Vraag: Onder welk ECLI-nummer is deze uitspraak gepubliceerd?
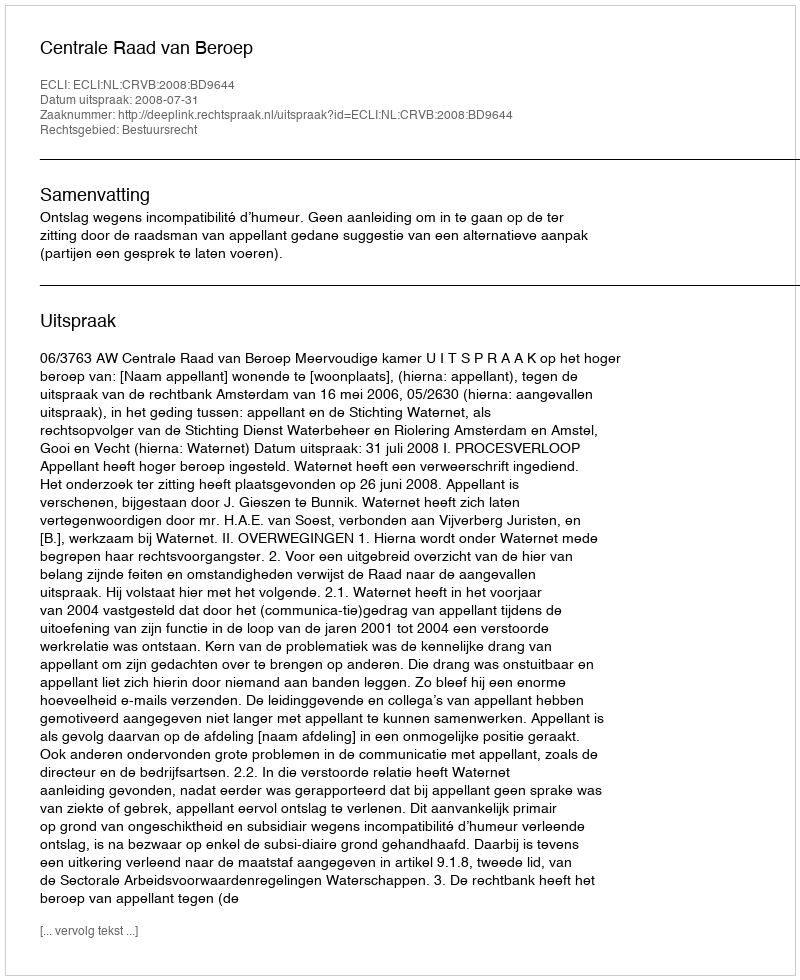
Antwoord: ECLI:NL:CRVB:2008:BD9644